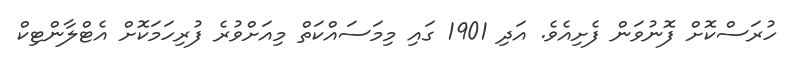
ހުރަސްކޮށް ފޮނުވަން ފެށިއެވެ. އަދި 1901 ގައި މިމަސައްކަތް މިއަށްވުރެ ފުރިހަމަކޮށް އެޓްލާންޓިކް